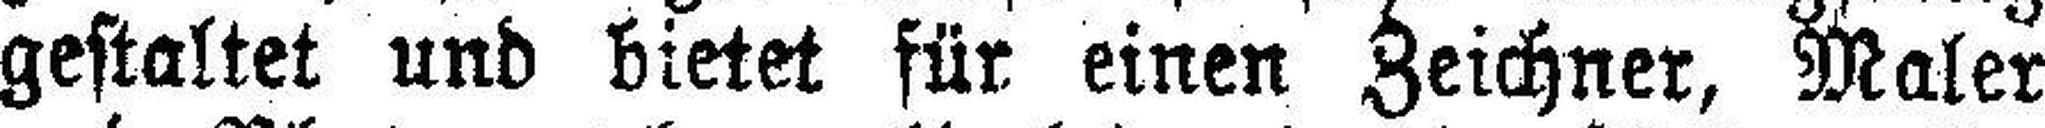
gestaltet und bietet für einen Zeichner, Maler